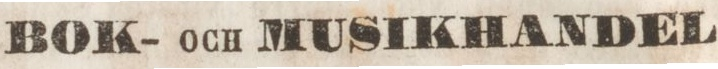
BOK- och MUSIKHANDEL